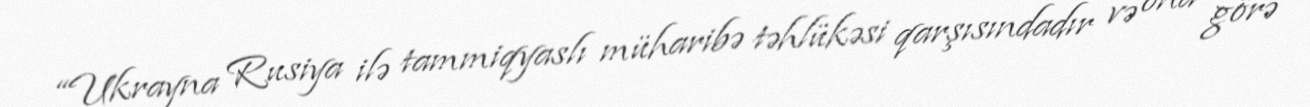
“Ukrayna Rusiya ilə tammiqyaslı müharibə təhlükəsi qarşısındadır və ona görə